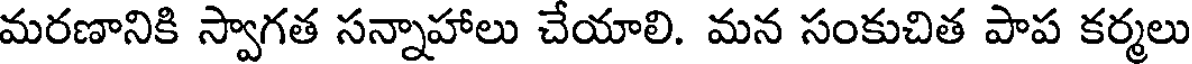
మరణానికి స్వాగత సన్నాహాలు చేయాలి. మన సంకుచిత పాప కర్మలు